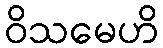
ဝိသမေဟိ